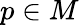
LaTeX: p\in M